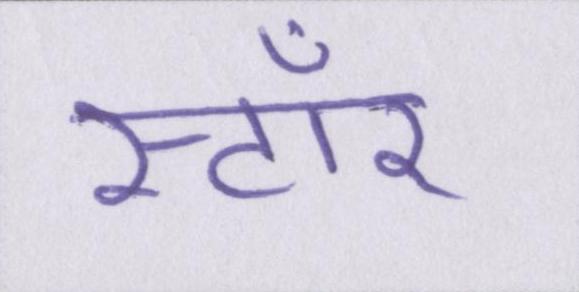
स्टॉर